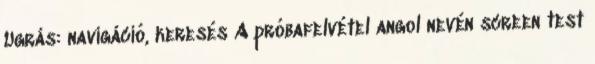
Ugrás: navigáció, keresés A próbafelvétel angol nevén screen test